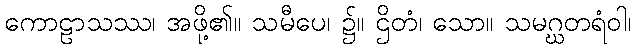
ကောဠာသဿ၊ အဖို့၏။ သမီပေ၊ ၌။ ဌိတံ၊ သော။ သမဂ္ဃတရံဝါ၊